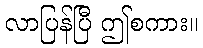
လာပြန်ပြီ ဤစကား။